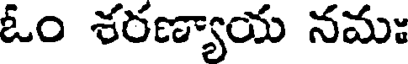
ఓం శరణ్యాయ నమః